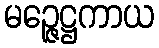
မဉ္ဇေဋ္ဌကာယ